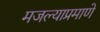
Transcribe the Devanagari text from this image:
मजल्याप्रमाणे